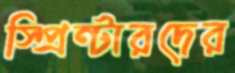
স্প্রিন্টারদের